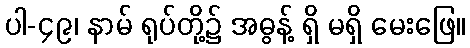
ပါ-၄၉၊ နာမ် ရုပ်တို့၌ အဓွန့် ရှိ မရှိ မေးဖြေ။